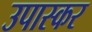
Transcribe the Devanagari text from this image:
उपास्कर